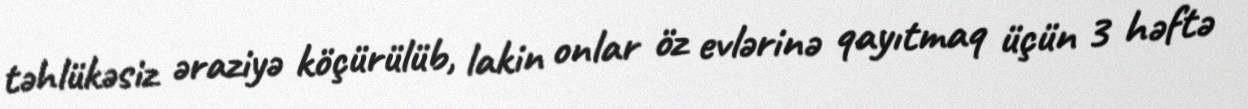
təhlükəsiz əraziyə köçürülüb, lakin onlar öz evlərinə qayıtmaq üçün 3 həftə